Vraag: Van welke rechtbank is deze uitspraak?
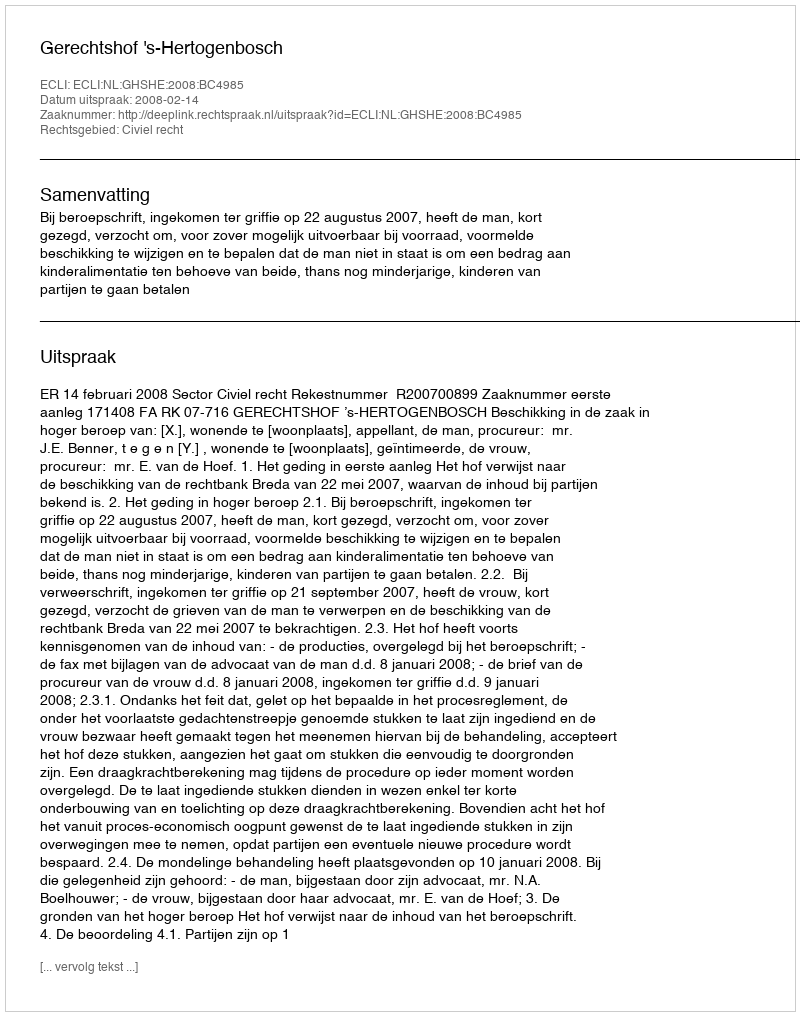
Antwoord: Gerechtshof 's-Hertogenbosch